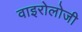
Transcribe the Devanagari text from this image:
वाइरोलोजी